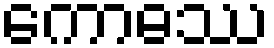
ကောဓဿ